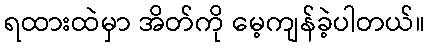
ရထားထဲမှာ အိတ်ကို မေ့ကျန်ခဲ့ပါတယ်။